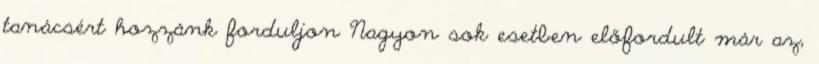
tanácsért hozzánk forduljon Nagyon sok esetben előfordult már az,